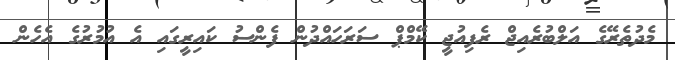
މެދުތެރޭގެ އަލްބުރެއިޖް ރެފިއުޖީ ކޭމްޕް ސަރަހައްދުން ފެންސު ކައިރީގައި އެ އުމުރުގެ އެހެން